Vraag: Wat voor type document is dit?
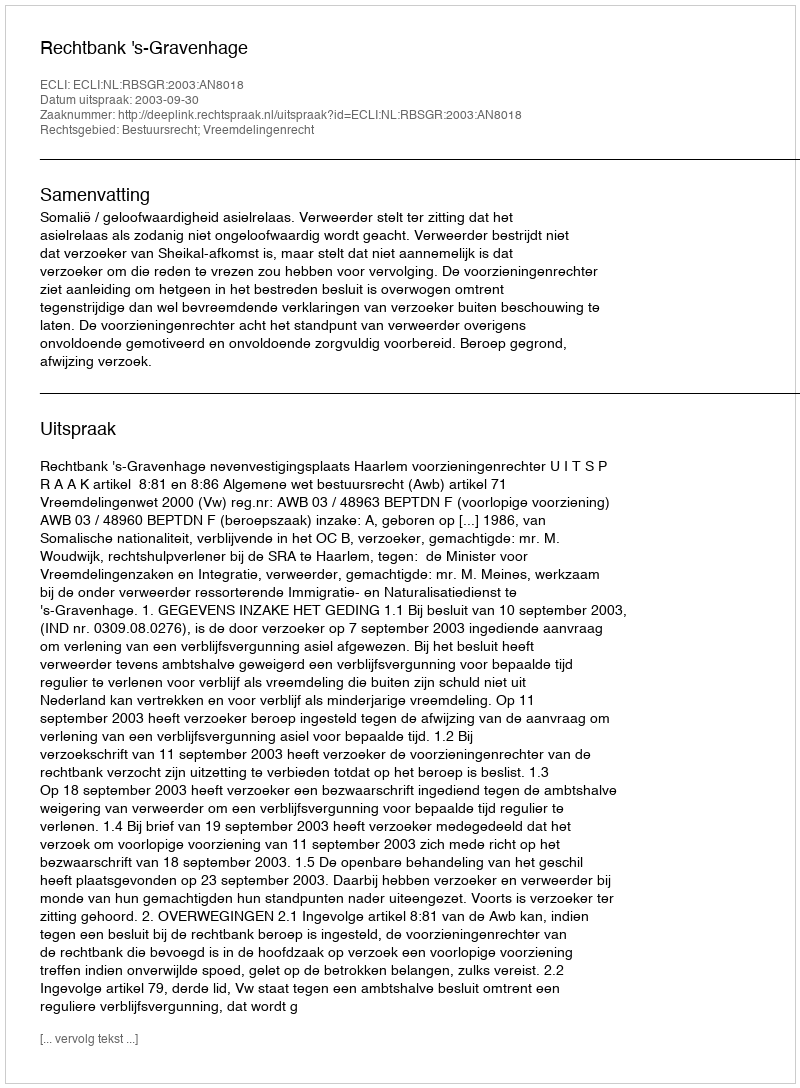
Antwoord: Uitspraak